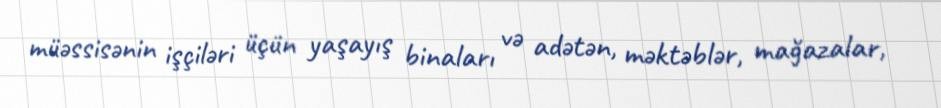
müəssisənin işçiləri üçün yaşayış binaları və adətən, məktəblər, mağazalar,